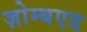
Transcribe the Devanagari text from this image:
ज़ोम्बएड